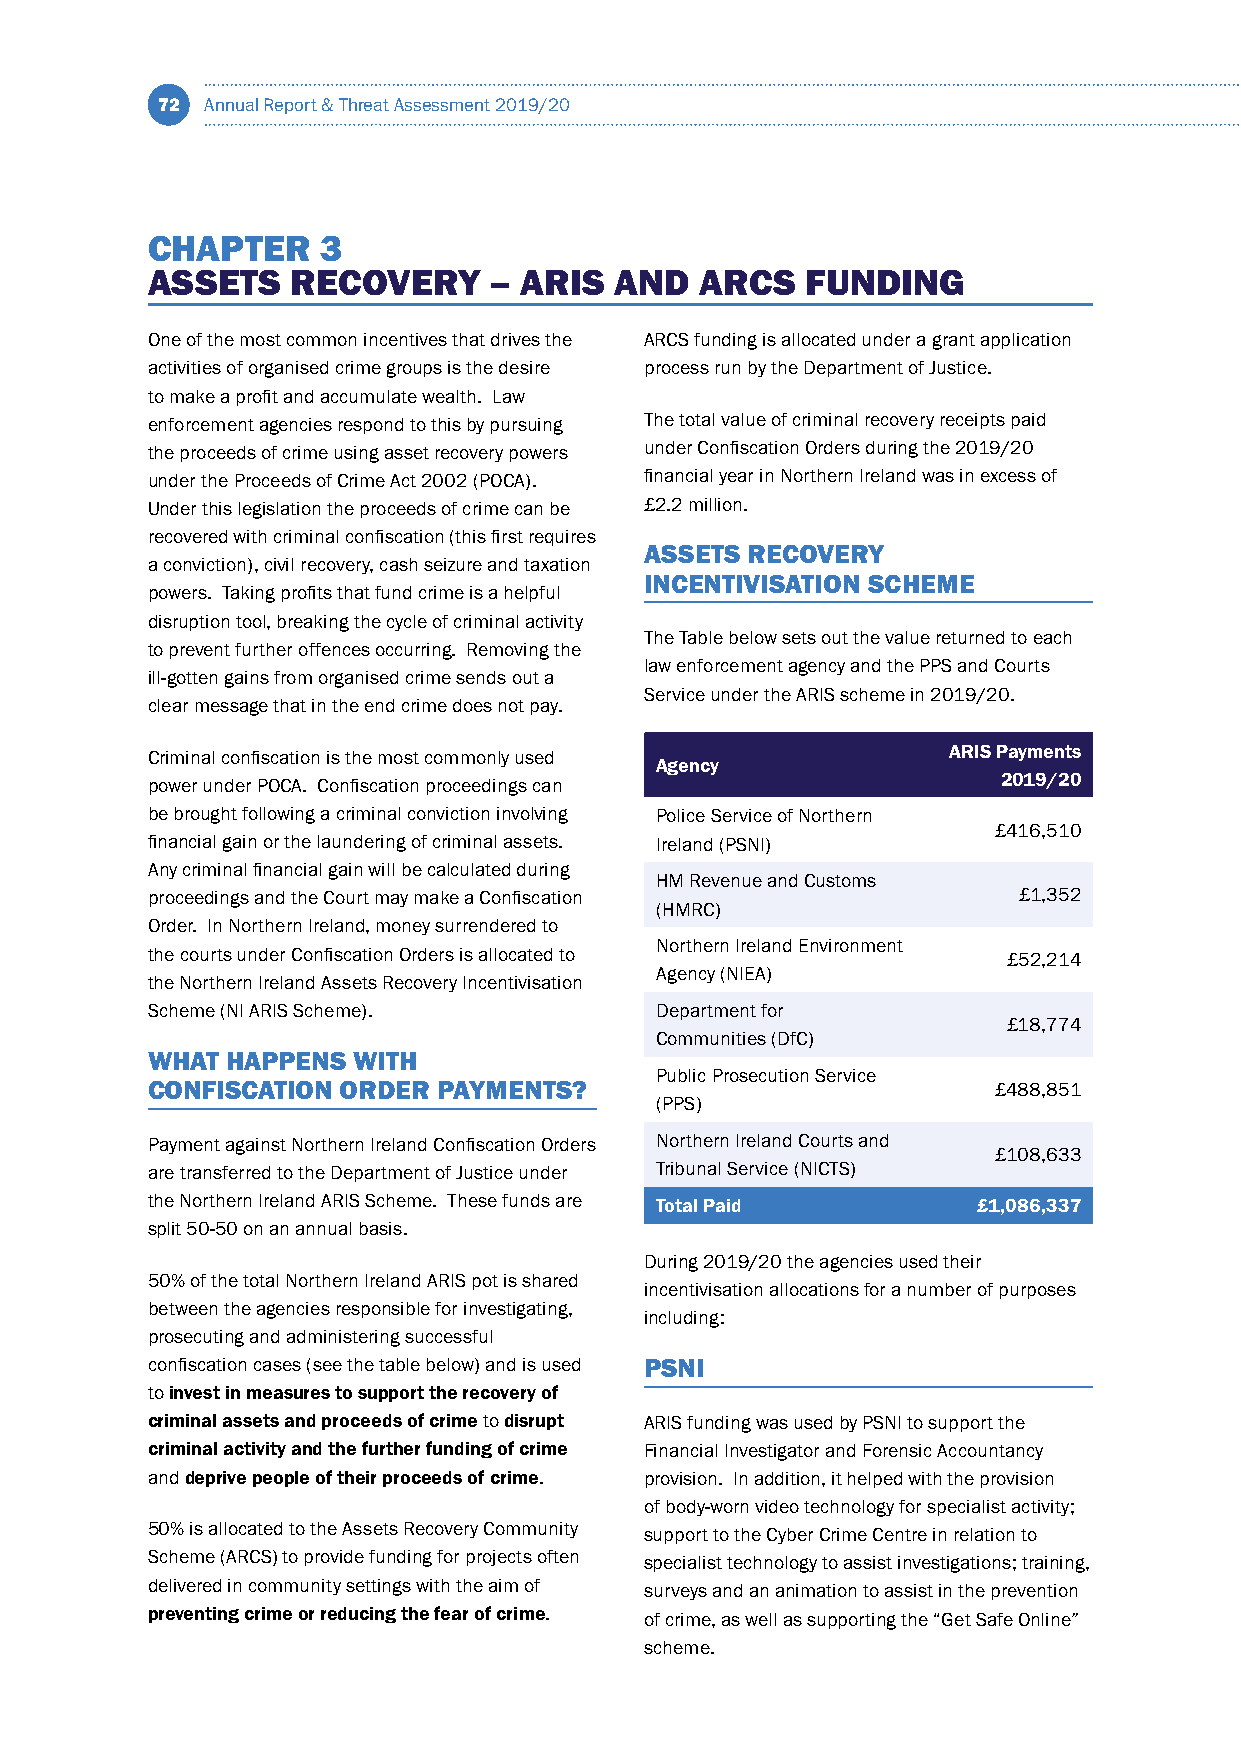
72  Annual Report & Threat Assessment 2019/20
 CHAPTER    3
 ASSETS   RECOVERY     – ARIS   AND  ARCS   FUNDING
 One of the most common incentives that drives the ARCS funding is allocated under a grant application
 activities of organised crime groups is the desire process run by the Department of Justice.
 to make a profit and accumulate wealth. Law
 enforcement agencies respond to this by pursuing The total value of criminal recovery receipts paid
 the proceeds of crime using asset recovery powers under Confiscation Orders during the 2019/20
 under the Proceeds of Crime Act 2002 (POCA). financial year in Northern Ireland was in excess of
 Under this legislation the proceeds of crime can be £2.2 million.
 recovered with criminal confiscation (this first requires
 ASSETS RECOVERY
 a conviction), civil recovery, cash seizure and taxation
 INCENTIVISATION SCHEME
 powers. Taking profits that fund crime is a helpful
 disruption tool, breaking the cycle of criminal activity
 The Table below sets out the value returned to each
 to prevent further offences occurring. Removing the
 law enforcement agency and the PPS and Courts
 ill-gotten gains from organised crime sends out a
 Service under the ARIS scheme in 2019/20.
 clear message that in the end crime does not pay.
 Criminal confiscation is the most commonly used      ARIS Payments
 Agency
 power under POCA. Confiscation proceedings can          2019/20
 be brought following a criminal conviction involving Police Service of Northern
 £416,510
 financial gain or the laundering of criminal assets. Ireland (PSNI)
 Any criminal financial gain will be calculated during
 HM Revenue and Customs
 proceedings and the Court may make a Confiscation        £1,352
 (HMRC)
 Order. In Northern Ireland, money surrendered to
 Northern Ireland Environment
 the courts under Confiscation Orders is allocated to     £52,214
 Agency (NIEA)
 the Northern Ireland Assets Recovery Incentivisation
 Scheme (NI ARIS Scheme).         Department for
 £18,774
 Communities (DfC)
 WHAT HAPPENS WITH
 Public Prosecution Service
 CONFISCATION ORDER PAYMENTS?                            £488,851
 (PPS)
 Payment against Northern Ireland Confiscation Orders Northern Ireland Courts and
 £108,633
 are transferred to the Department of Justice under Tribunal Service (NICTS)
 the Northern Ireland ARIS Scheme. These funds are Total Paid £1,086,337
 split 50-50 on an annual basis.
 During 2019/20 the agencies used their
 50% of the total Northern Ireland ARIS pot is shared
 incentivisation allocations for a number of purposes
 between the agencies responsible for investigating,
 including:
 prosecuting and administering successful
 confiscation cases (see the table below) and is used PSNI
 to invest in measures to support the recovery of
 criminal assets and proceeds of crime to disrupt ARIS funding was used by PSNI to support the
 criminal activity and the further funding of crime Financial Investigator and Forensic Accountancy
 and deprive people of their proceeds of crime. provision. In addition, it helped with the provision
 of body-worn video technology for specialist activity;
 50% is allocated to the Assets Recovery Community support to the Cyber Crime Centre in relation to
 Scheme (ARCS) to provide funding for projects often specialist technology to assist investigations; training,
 delivered in community settings with the aim of surveys and an animation to assist in the prevention
 preventing crime or reducing the fear of crime. of crime, as well as supporting the “Get Safe Online”
 scheme.